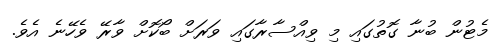
މެޓުން ބުނާ ގޮތުގައި މި ވިއްސާރާގައި ވަރަށް ބޯކޮށް ވާރޭ ވެހޭނެ އެވެ.